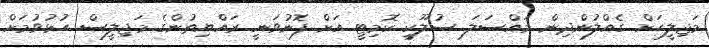
މަޖިލީހަށް ގެއްލުންދިން މައްސަލަ ސުލޫކީ ކޮމިޓީ އަށް ފޮނުވަނީ ރައްޔިތުންގެ މަޖިލީސް ހުޅުވުމަށް